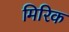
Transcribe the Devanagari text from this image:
मिरिक